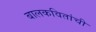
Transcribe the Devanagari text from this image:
बालकवितांची